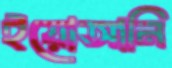
ইয়োআনি